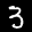
Label: 3